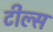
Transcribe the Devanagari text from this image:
टील्स